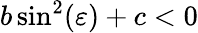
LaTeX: b\sin^{2}(\varepsilon)+c<0